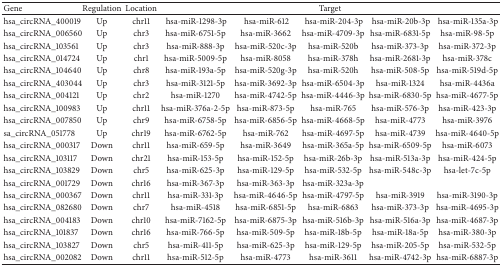
<table><thead><tr><td><b>Gene</b></td><td><b>Regulation</b></td><td><b>Location</b></td><td colspan="5"><b>Target</b></td></tr></thead><tbody><tr><td>hsa_circRNA_400019</td><td>Up</td><td>chr11</td><td> hsa-miR-1298-3p</td><td> hsa-miR-612</td><td> hsa-miR-204-3p</td><td> hsa-miR-20b-3p</td><td> hsa-miR-135a-3p</td></tr><tr><td>hsa_circRNA_006560</td><td>Up</td><td>chr3</td><td>hsa-miR-6751-5p</td><td>hsa-miR-3662</td><td>hsa-miR-4709-3p</td><td>hsa-miR-6831-5p</td><td>hsa-miR-98-5p</td></tr><tr><td>hsa_circRNA_103561</td><td>Up</td><td>chr3</td><td>hsa-miR-888-3p</td><td>hsa-miR-520c-3p</td><td>hsa-miR-520b</td><td>hsa-miR-373-3p</td><td>hsa-miR-372-3p</td></tr><tr><td>hsa_circRNA_014724</td><td>Up</td><td>chr1</td><td>hsa-miR-5009-5p</td><td>hsa-miR-8058</td><td>hsa-miR-378h</td><td>hsa-miR-2681-3p</td><td>hsa-miR-378c</td></tr><tr><td>hsa_circRNA_104640</td><td>Up</td><td>chr8</td><td>hsa-miR-193a-5p</td><td>hsa-miR-520g-3p</td><td>hsa-miR-520h</td><td>hsa-miR-508-5p</td><td>hsa-miR-519d-5p</td></tr><tr><td>hsa_circRNA_403044</td><td>Up</td><td>chr3</td><td>hsa-miR-3121-5p</td><td>hsa-miR-3692-3p</td><td>hsa-miR-6504-3p</td><td>hsa-miR-1324</td><td>hsa-miR-4436a</td></tr><tr><td>hsa_circRNA_004121</td><td>Up</td><td>chr2</td><td>hsa-miR-1270</td><td>hsa-miR-4742-5p</td><td>hsa-miR-4446-3p</td><td>hsa-miR-6830-5p</td><td>hsa-miR-4677-5p</td></tr><tr><td>hsa_circRNA_100983</td><td>Up</td><td>chr11</td><td>hsa-miR-376a-2-5p</td><td>hsa-miR-873-5p</td><td>hsa-miR-765</td><td>hsa-miR-576-3p</td><td>hsa-miR-423-3p</td></tr><tr><td>hsa_circRNA_007850</td><td>Up</td><td>chr9</td><td>hsa-miR-6758-5p</td><td>hsa-miR-6856-5p</td><td>hsa-miR-4668-5p</td><td>hsa-miR-4773</td><td>hsa-miR-3976</td></tr><tr><td>sa_circRNA_051778</td><td>Up</td><td>chr19</td><td>hsa-miR-6762-5p</td><td>hsa-miR-762</td><td>hsa-miR-4697-5p</td><td>hsa-miR-4739</td><td>hsa-miR-4640-5p</td></tr><tr><td>hsa_circRNA_000317</td><td>Down</td><td>chr11</td><td>hsa-miR-659-5p</td><td>hsa-miR-3649</td><td>hsa-miR-365a-5p</td><td>hsa-miR-6509-5p</td><td>hsa-miR-6073</td></tr><tr><td>hsa_circRNA_103117</td><td>Down</td><td>chr21</td><td>hsa-miR-153-5p</td><td>hsa-miR-152-5p</td><td>hsa-miR-26b-3p</td><td>hsa-miR-513a-3p</td><td>hsa-miR-424-5p</td></tr><tr><td>hsa_circRNA_103829</td><td>Down</td><td>chr5</td><td>hsa-miR-625-3p</td><td>hsa-miR-129-5p</td><td>hsa-miR-532-5p</td><td>hsa-miR-548c-3p</td><td>hsa-let-7c-5p</td></tr><tr><td>hsa_circRNA_001729</td><td>Down</td><td>chr16</td><td>hsa-miR-367-3p</td><td>hsa-miR-363-3p</td><td>hsa-miR-323a-3p</td><td> </td><td> </td></tr><tr><td>hsa_circRNA_000367</td><td>Down</td><td>chr11</td><td>hsa-miR-331-3p</td><td>hsa-miR-4646-5p</td><td>hsa-miR-4797-5p</td><td>hsa-miR-3919</td><td>hsa-miR-3190-3p</td></tr><tr><td>hsa_circRNA_082680</td><td>Down</td><td>chr7</td><td>hsa-miR-4518</td><td>hsa-miR-6851-5p</td><td>hsa-miR-6863</td><td>hsa-miR-373-3p</td><td>hsa-miR-4695-3p</td></tr><tr><td>hsa_circRNA_004183</td><td>Down</td><td>chr10</td><td>hsa-miR-7162-5p</td><td>hsa-miR-6875-3p</td><td>hsa-miR-516b-3p</td><td>hsa-miR-516a-3p</td><td>hsa-miR-4687-3p</td></tr><tr><td>hsa_circRNA_101837</td><td>Down</td><td>chr16</td><td>hsa-miR-766-5p</td><td>hsa-miR-509-5p</td><td>hsa-miR-18b-5p</td><td>hsa-miR-18a-5p</td><td>hsa-miR-380-3p</td></tr><tr><td>hsa_circRNA_103827</td><td>Down</td><td>chr5</td><td>hsa-miR-411-5p</td><td>hsa-miR-625-3p</td><td>hsa-miR-129-5p</td><td>hsa-miR-205-5p</td><td>hsa-miR-532-5p</td></tr><tr><td>hsa_circRNA_002082</td><td>Down</td><td>chr11</td><td>hsa-miR-512-5p</td><td>hsa-miR-4773</td><td>hsa-miR-3611</td><td>hsa-miR-4742-3p</td><td>hsa-miR-6887-3p</td></tr></tbody></table>